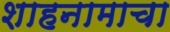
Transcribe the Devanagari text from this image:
शाहनामाचा